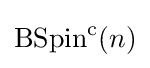
\operatorname {BSpin} ^{\mathrm {c} }(n)